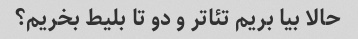
حالا بیا بریم تئاتر و دو تا بلیط بخریم؟